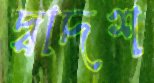
দ্বাদশ